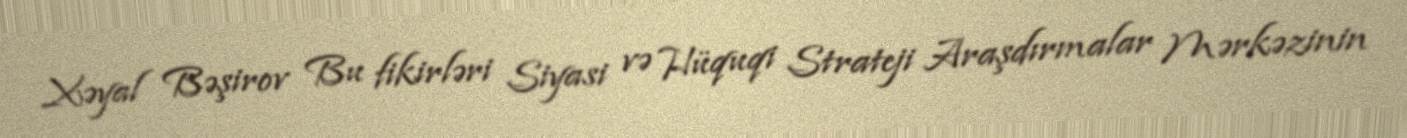
Xəyal Bəşirov Bu fikirləri Siyasi və Hüquqi Strateji Araşdırmalar Mərkəzinin